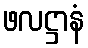
ဖလဋ္ဌာနံ